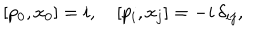
LaTeX: [ p _ { 0 } , x _ { 0 } ] = i , \quad [ p _ { i } , x _ { j } ] = - i \, \delta _ { i j } ,